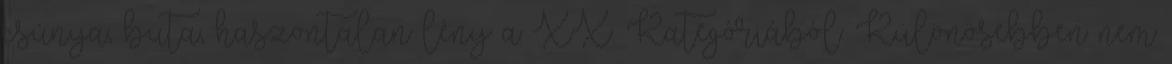
csúnya, buta, haszontalan lény a XX. Kategóriából. Különösebben nem